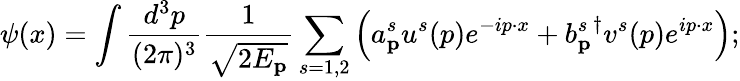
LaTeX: \psi(x)=\int\frac{d^{3}p}{(2\pi)^{3}}\frac{1}{\sqrt{2E_{\mathbf{p}}}}\sum_{s=1,2}\left(a_{\mathbf{p}}^{s}u^{s}(p)e^{-ip\cdot x}+{b_{\mathbf{p}}^{s}}^{\dagger}v^{s}(p)e^{ip\cdot x}\right);